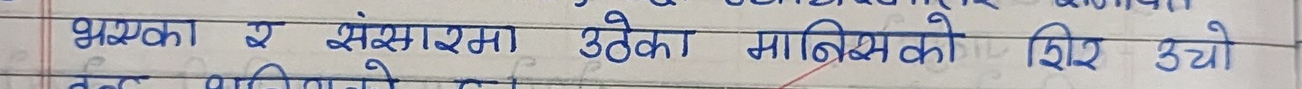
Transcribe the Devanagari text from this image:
भएका प्र संसारमा उठेका मानिसको शिर उठ्यो